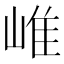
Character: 𡹐